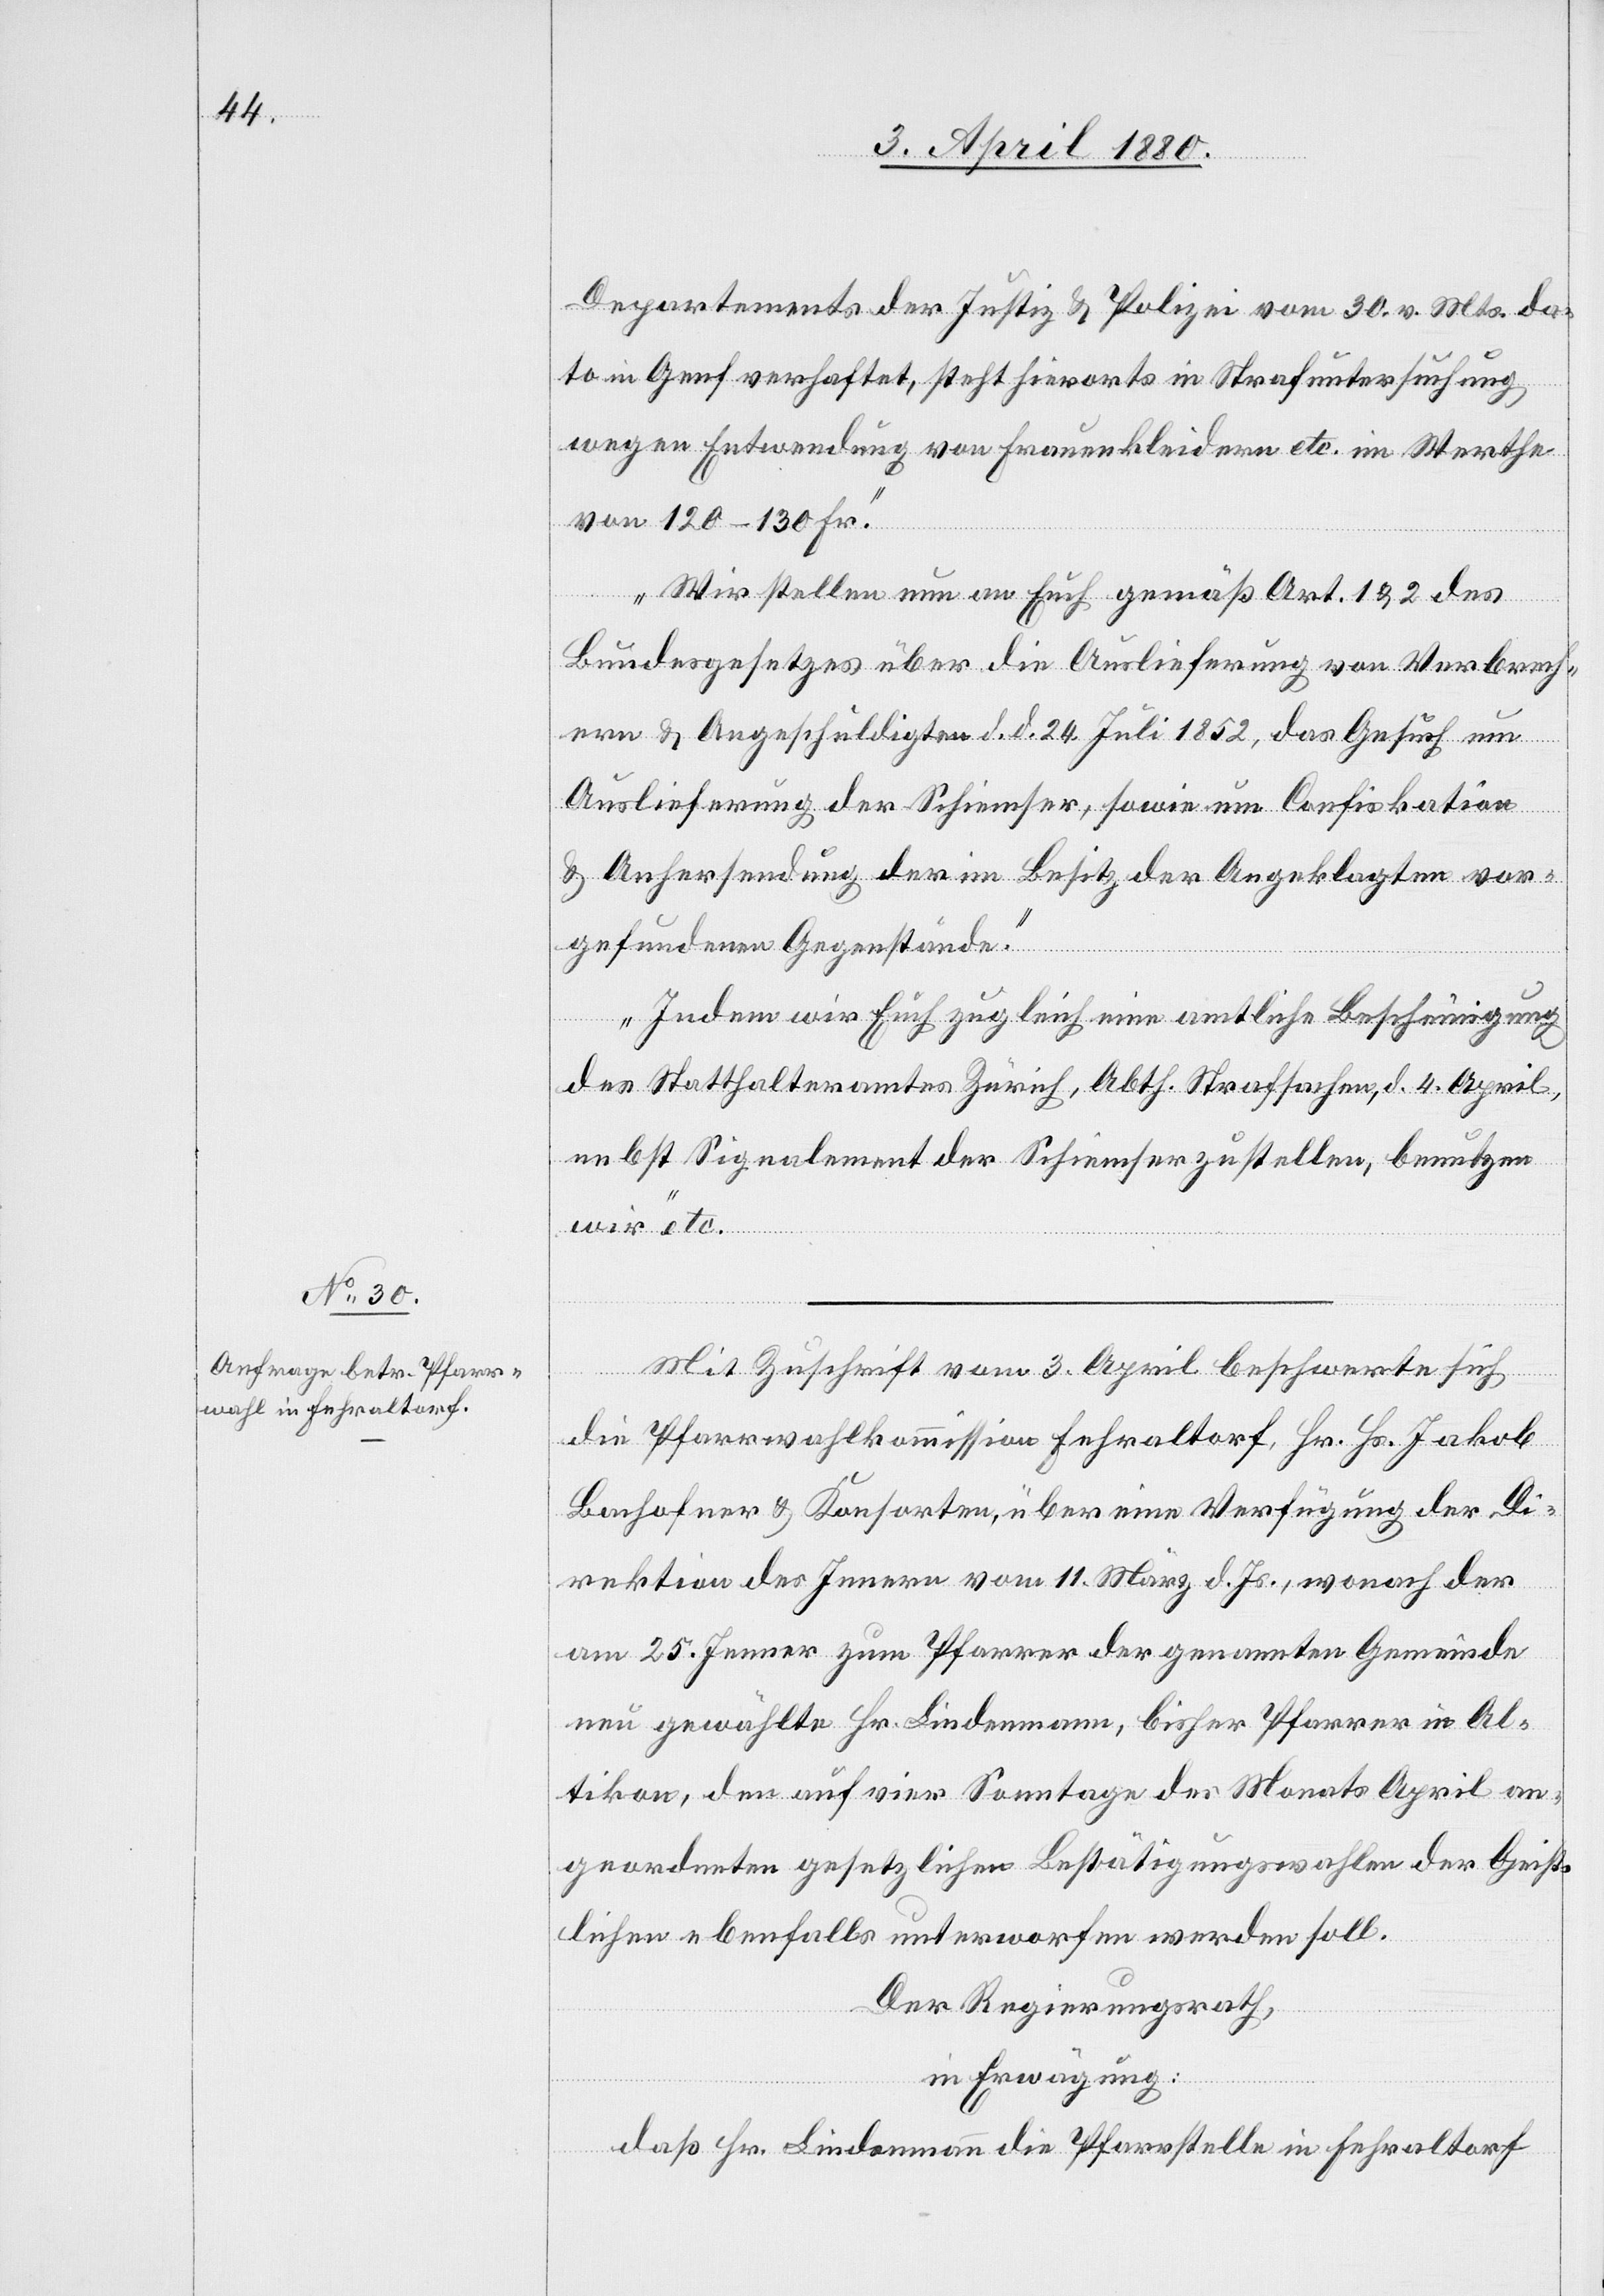
6. April 1880.]
Departements der Justiz & Polizei vom 30. v. Mts. da¬
to in Genf verhaftet, steht hierorts in Strafuntersuchung
wegen Entwendung von Frauenkleidern etc. im Werthe
von 120–130 Fr.
Wir stellen nun an Euch gemäß Art. 1 & 2 des
Bundesgesetzes über die Auslieferung von Verbrech¬
ern & Angeschuldigten d. d. 24. Juli 1852, das Gesuch um
Auslieferung der Schliemser, sowie um Confiskation
etc.
& Anhersendung der im Besitz der Angeklagten vor¬
gefundenen Gegenstände.
Indem wir Euch zugleich eine amtliche Bescheinigung
des Statthalteramtes Zürich, Abth. Strafsachen, d. 4. April
nebst Signalement der Schliemser zustellen, benutzen
Mit Zuschrift vom 3. April beschwerte sich
die Pfarrwahlkommission Fehraltorf, Hr. Hs. Jakob
Bachofner & Konsorten, über eine Verfügung der Di¬
rektion des Innern vom 11. März d. Js., wonach der
am 25. Jenner zum Pfarrer der genannten Gemeinde
neu gewählte Hr. Biedermann, bisher Pfarrer in Al¬
tikon, den auf vier Sonntage des Monats April an¬
geordneten gesetzlichen Bestätigungswahlen der Geist¬
lichen ebenfalls unterworfen werden soll.
Der Regierungsrath,
in Erwägung:
daß Hr. Biedermann die Pfarrstelle in Fehraltorf